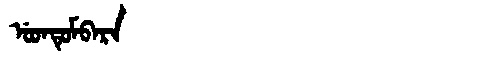
Manchu: ᡠᡨᡨᡠᠮᠪᠠᡵᠠ
Romanization: UTTUMBARA